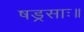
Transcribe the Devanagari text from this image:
षड्रसाः॥